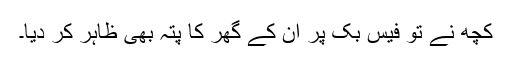
کچھ نے تو فیس بک پر ان کے گھر کا پتہ بھی ظاہر کر دیا۔